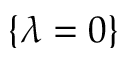
\{ \lambda = 0 \}